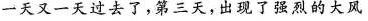
一天又一天过去了，第三天，出现了强烈的大风